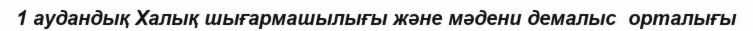
1 аудандық Халық шығармашылығы және мәдени демалыс  орталығы